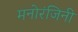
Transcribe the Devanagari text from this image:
मनोरंजिनी